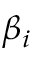
\beta _ { i }